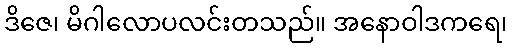
ဒိဇေ၊ မိဂါလောပလင်းတသည်။ အနောဝါဒကရေ၊